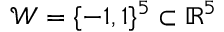
\mathcal { W } = \{ - 1 , 1 \} ^ { 5 } \subset \mathbb { R } ^ { 5 }